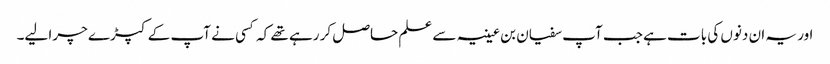
اور یہ ان دنوں کی بات ہے جب آپ سفیان بن عیینہ سے علم حاصل کر رہے تھے کہ کسی نے آپ کے کپڑے چرا لیے۔